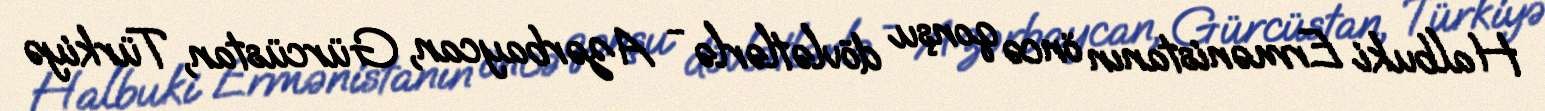
Halbuki Ermənistanın öncə qonşu dövlətlərlə - Azərbaycan, Gürcüstan, Türkiyə